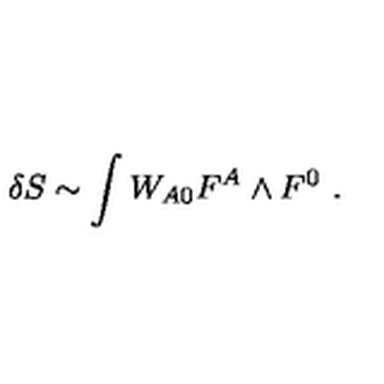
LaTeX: \delta S \sim \int W _ { A 0 } F ^ { A } \wedge F ^ { 0 } \ .